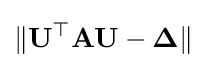
\lVert \mathbf {U} ^{\top }\mathbf {A} \mathbf {U} -{\boldsymbol {\Delta }}\rVert